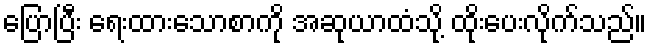
ပြောပြီး ရေးထားသောစာကို အဆုယာထံသို့ ထိုးပေးလိုက်သည်။